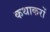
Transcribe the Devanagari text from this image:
कथाकरों